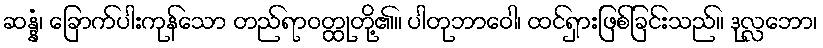
ဆန္နံ၊ ခြောက်ပါးကုန်သော တည်ရာဝတ္ထုတို့၏။ ပါတုဘာဝေါ၊ ထင်ရှားဖြစ်ခြင်းသည်။ ဒုလ္လဘော၊